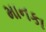
માનકા